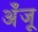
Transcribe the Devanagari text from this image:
अँजू